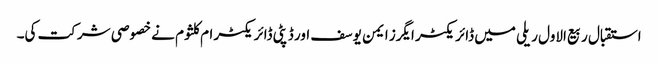
استقبال ربیع الاول ریلی میں ڈائریکٹر ایگرز ایمن یوسف اور ڈپٹی ڈائریکٹر ام کلثوم نے خصوصی شرکت کی۔